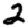
Digit: 2